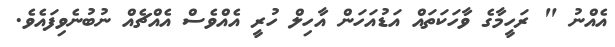
އެއްނު " ރަހީމާގެ ވާހަކަތައް އަޑުއަހަން އާހިލް ހުރީ އެއްވެސް އެއްޗެއް ނުބުނެވިފައެވެ.